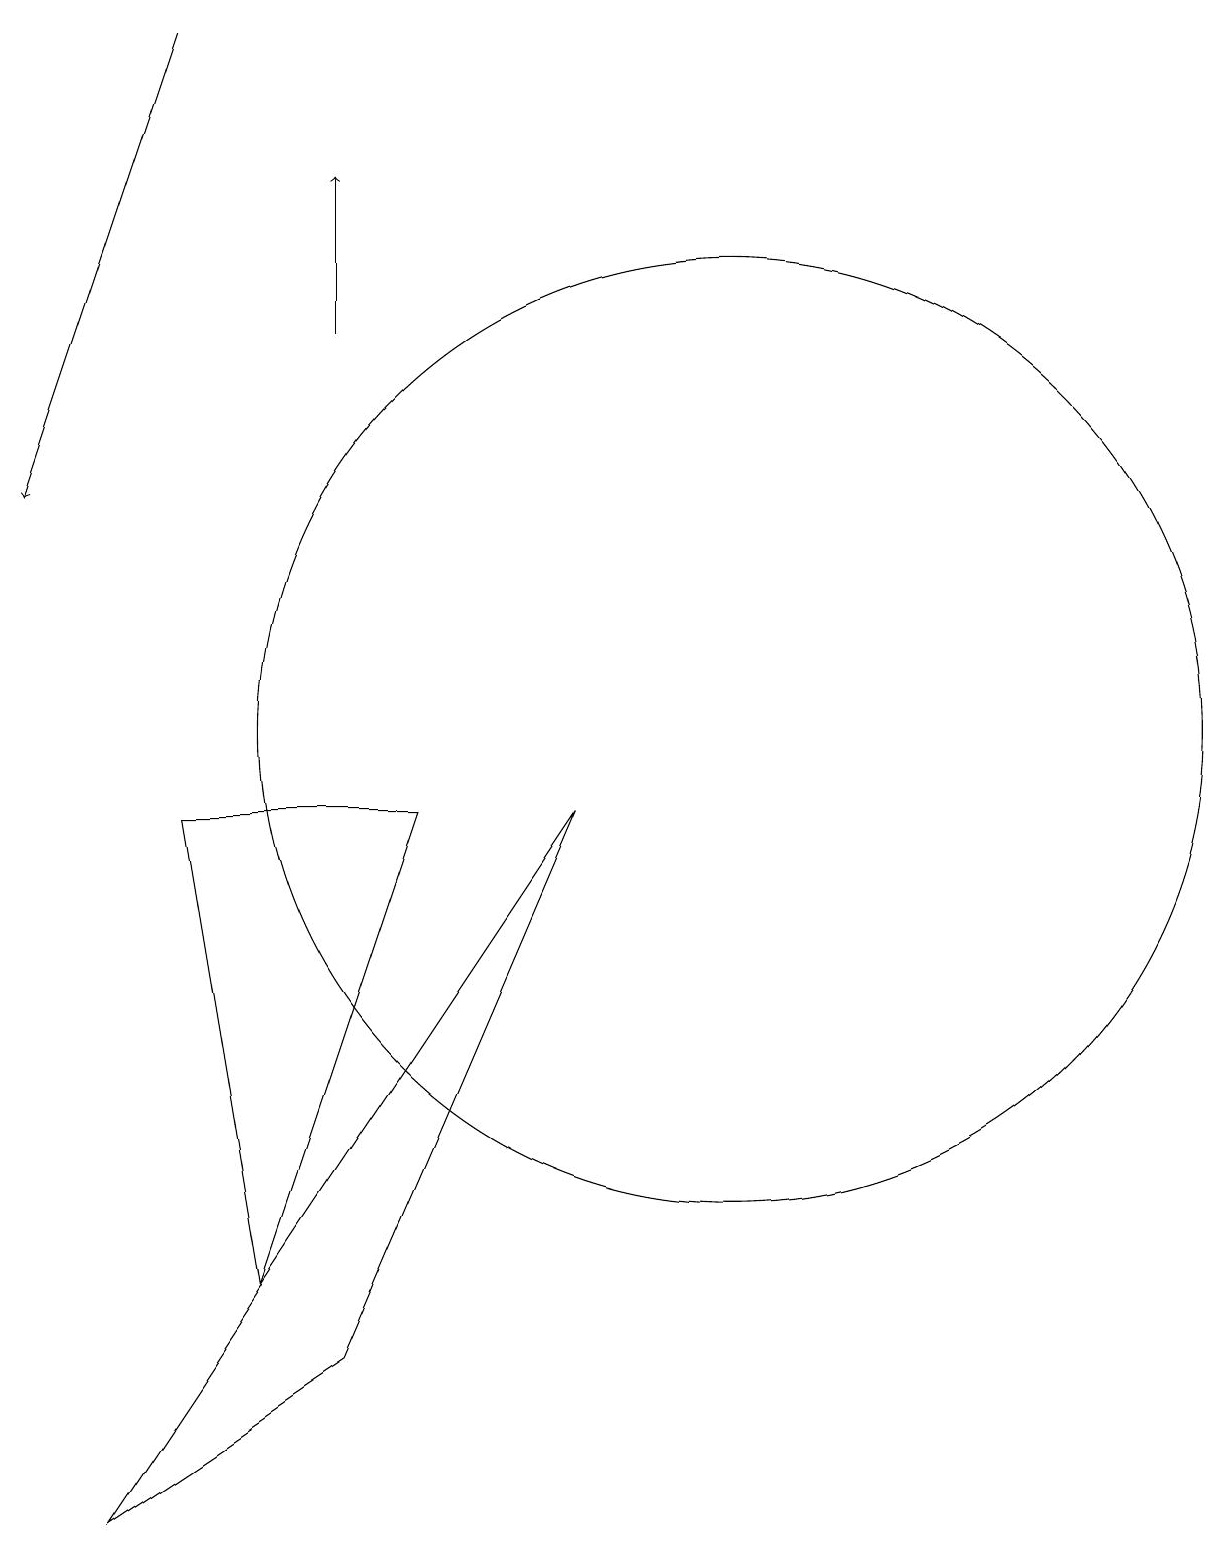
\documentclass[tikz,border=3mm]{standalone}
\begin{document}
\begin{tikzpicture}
\draw[->] (6,15) -- (6,17);
\draw (11,10) circle (6);
\draw (7,9) -- (4,9) -- (5,3) -- cycle;
\draw (9,9) -- (3,0) -- (6,2) -- cycle;
\draw[->] (4,19) -- (2,13);
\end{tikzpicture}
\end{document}